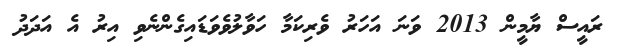
ރައީސް ޔާމީން 2013 ވަނަ އަހަރު ވެރިކަމާ ހަވާލުވެވަޑައިގެންނެވި އިރު އެ އަދަދު